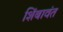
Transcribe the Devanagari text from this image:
शिंबावंत